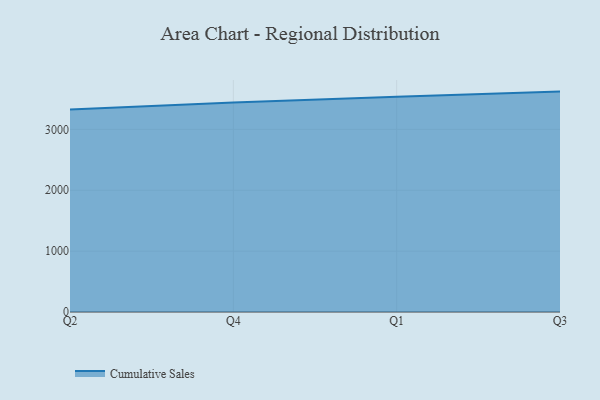
{"axis": {"x": "Quarter", "y": "Gross Profit (USD K)"}, "legend": ["Cumulative Sales"], "data": [{"x": "Q2", "y": 3327.2, "type": "Cumulative Sales"}, {"x": "Q4", "y": 3441.0, "type": "Cumulative Sales"}, {"x": "Q1", "y": 3535.9, "type": "Cumulative Sales"}, {"x": "Q3", "y": 3620.8, "type": "Cumulative Sales"}]}